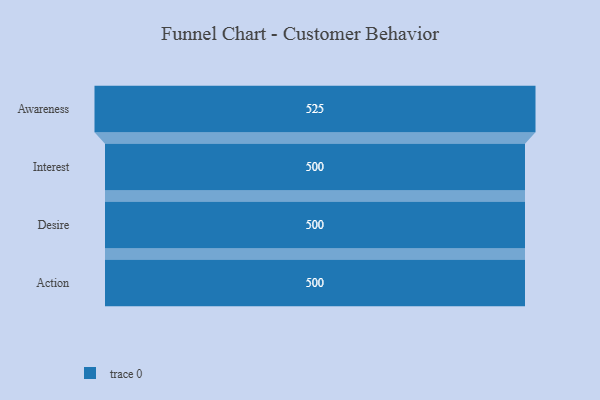
{"axis": {"x": "Stage", "y": "Value"}, "legend": [""], "data": [{"x": "Awareness", "y": 525.0, "type": ""}, {"x": "Interest", "y": 500, "type": ""}, {"x": "Desire", "y": 500, "type": ""}, {"x": "Action", "y": 500, "type": ""}]}